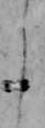
よ